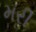
મરી